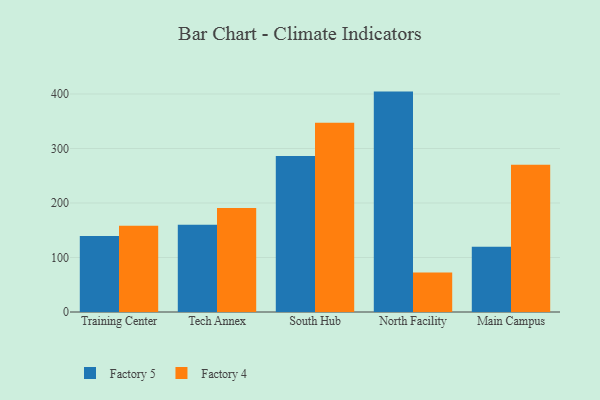
{"axis": {"x": "Campus", "y": "Net Income (USD K)"}, "legend": ["Factory 4", "Factory 5"], "data": [{"x": "Training Center", "y": 139.5, "type": "Factory 5"}, {"x": "Training Center", "y": 158.3, "type": "Factory 4"}, {"x": "Tech Annex", "y": 159.9, "type": "Factory 5"}, {"x": "Tech Annex", "y": 190.6, "type": "Factory 4"}, {"x": "South Hub", "y": 286.3, "type": "Factory 5"}, {"x": "South Hub", "y": 347.2, "type": "Factory 4"}, {"x": "North Facility", "y": 404.4, "type": "Factory 5"}, {"x": "North Facility", "y": 72.4, "type": "Factory 4"}, {"x": "Main Campus", "y": 119.9, "type": "Factory 5"}, {"x": "Main Campus", "y": 270.4, "type": "Factory 4"}]}